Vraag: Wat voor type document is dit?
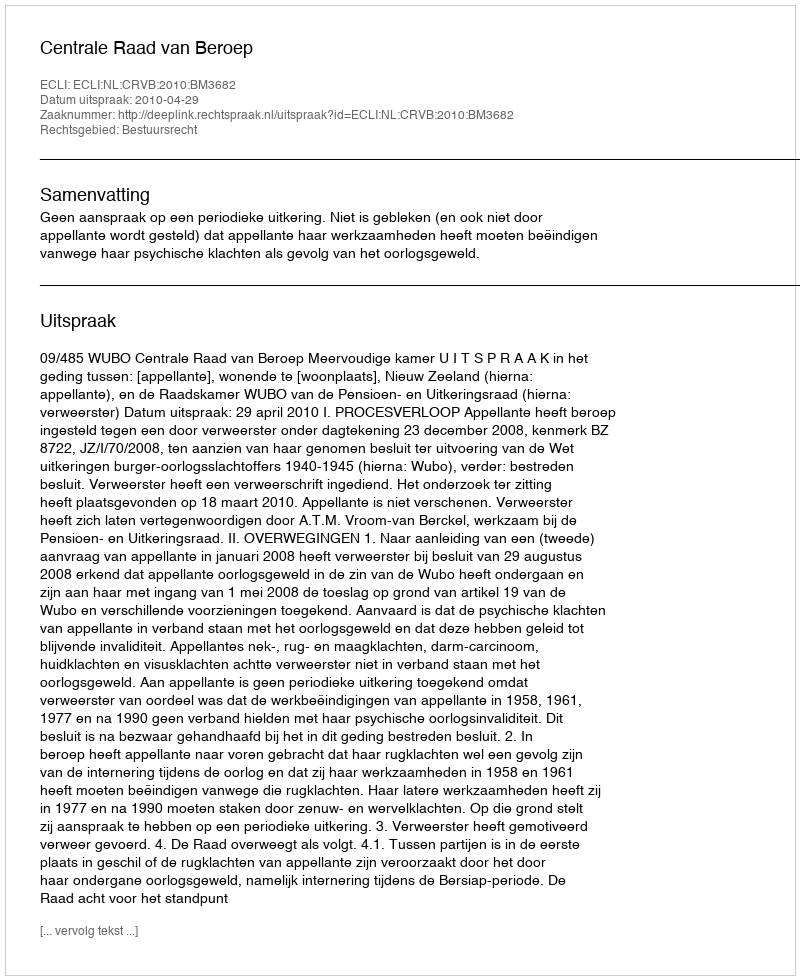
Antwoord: Uitspraak